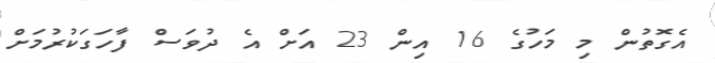
އެގޮތުން މި މަހުގެ 16 އިން 23 އަށް އެ ދުވަސް ފާހަގަކުރުމަށް